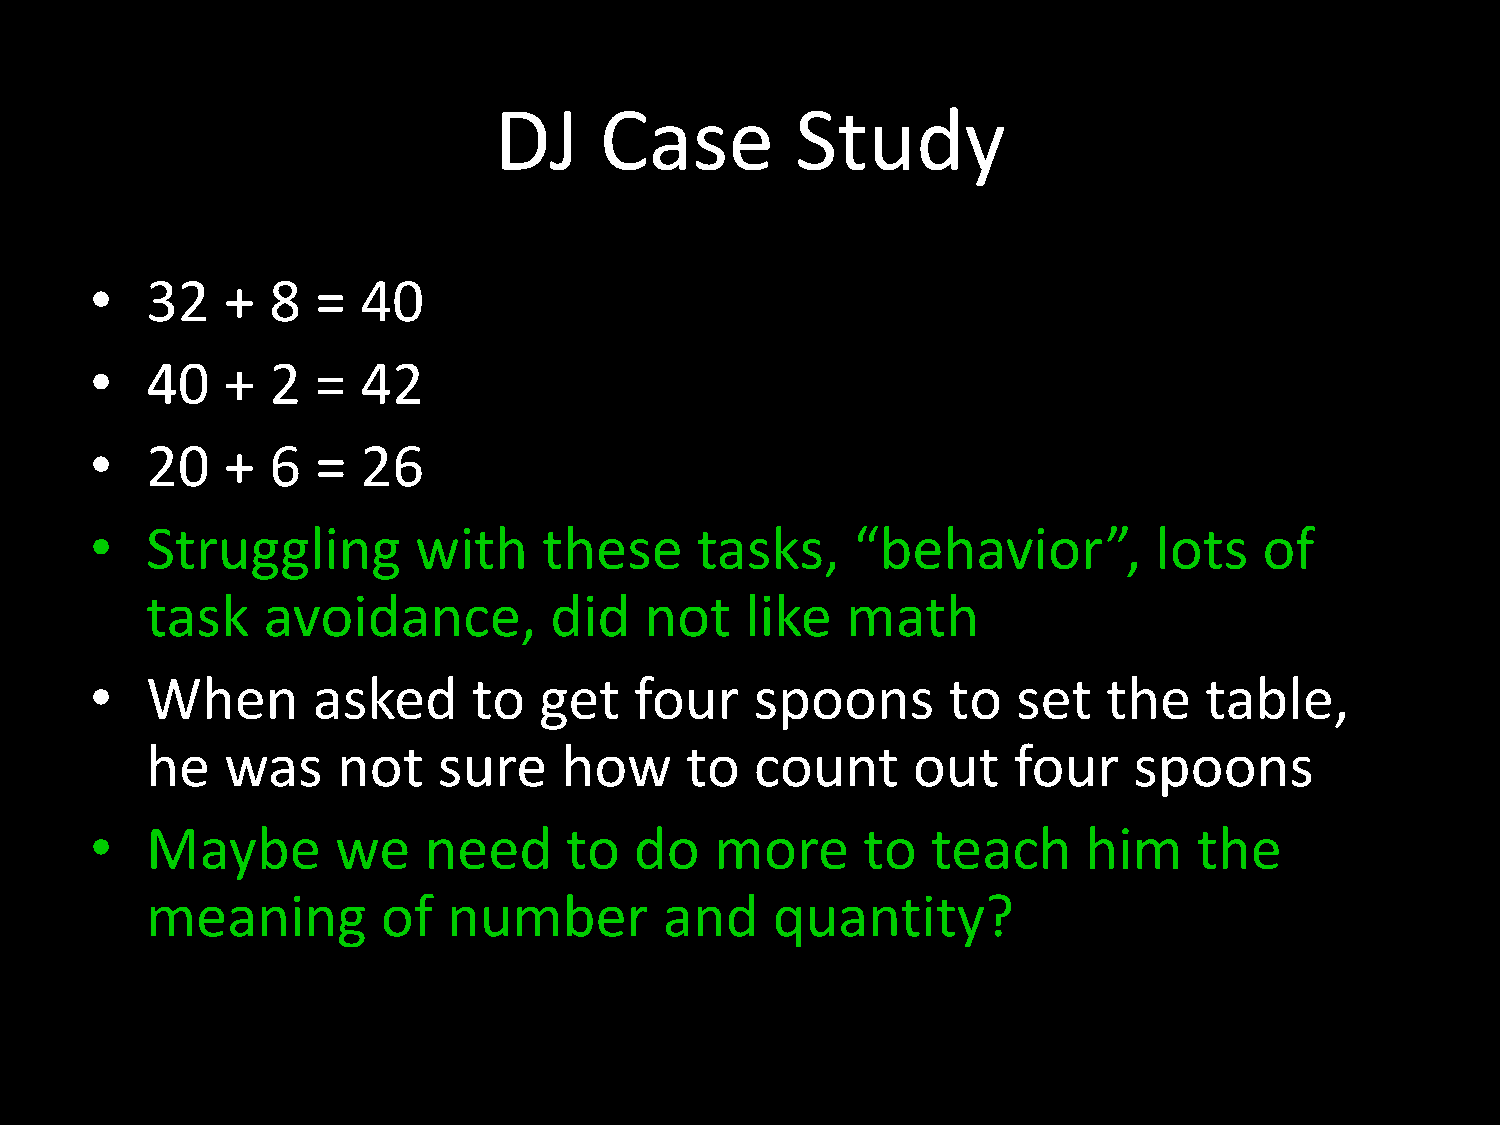
DJ     Case         Study
 32   +  8  =  40
 •
 40   +  2  =  42
 •
 20   +  6  =  26
 •
 •   Struggling       with     these     tasks,     “behavior”,         lots   of
 task   avoidance,         did    not   like   math
 When       asked     to   get   four    spoons       to  set   the    table,
 •
 he   was    not    sure    how     to   count     out    four    spoons
 Maybe       we    need     to   do   more      to   teach     him    the
 •
 meaning        of   number        and    quantity?